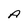
Character: A